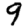
Digit: 9